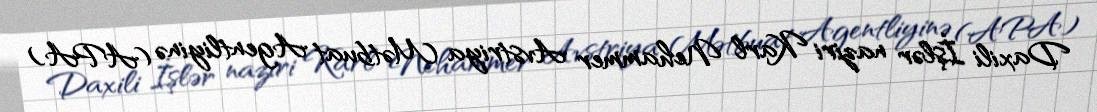
Daxili İşlər naziri Karl Nehammer Avstriya Mətbuat Agentliyinə (APA)